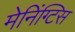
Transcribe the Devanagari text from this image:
मेनिंग्टिस